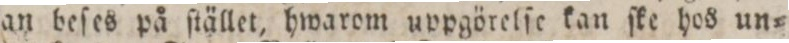
kan beſes på ſtället, hwarom uppgörelſe kan ſke hos un=